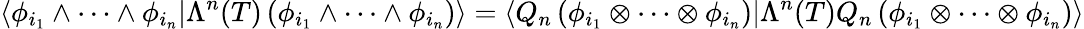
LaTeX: \langle\phi_{i_{1}}\wedge\cdots\wedge\phi_{i_{n}}|\Lambda^{n}(T)\left(\phi_{i_{1}}\wedge\cdots\wedge\phi_{i_{n}}\right)\rangle=\langle Q_{n}\left(\phi_{i_{1}}\otimes\cdots\otimes\phi_{i_{n}}\right)|\Lambda^{n}(T)Q_{n}\left(\phi_{i_{1}}\otimes\cdots\otimes\phi_{i_{n}}\right)\rangle